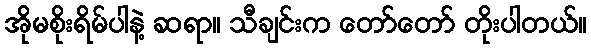
အိုမစိုးရိမ်ပါနဲ့ ဆရာ။ သီချင်းက တော်တော် တိုးပါတယ်။